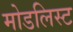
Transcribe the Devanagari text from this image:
मोडलिस्ट